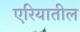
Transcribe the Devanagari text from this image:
एरियातील